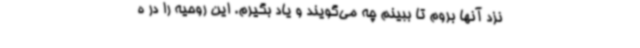
نزد آنها بروم تا ببینم چه می‌گویند و یاد بگیرم. این روحیه را در ه